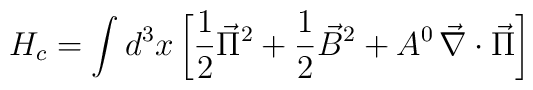
H_{c} = \int d^{3}x \left[ \frac{1}{2} \vec{\Pi}^{2} + \frac{1}{2}\vec{B}^{2} + A^{0} \, \vec{\nabla} \cdot \vec{\Pi} \right]